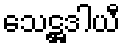
သေဋ္ဌဒါယီ